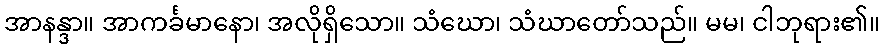
အာနန္ဒာ။ အာကင်္ခမာနော၊ အလိုရှိသော။ သံဃော၊ သံဃာတော်သည်။ မမ၊ ငါဘုရား၏။